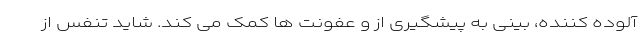
آلوده کننده، بینی به پیشگیری از و عفونت ها کمک می کند. شاید تنفس از